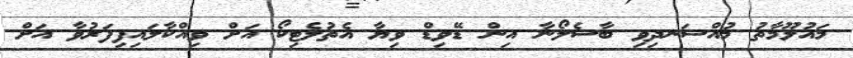
މައުލޫމާތު މުއްސަނދިވި ބާސެލޯނާ އިން ޑޭވިޑް ވިޔާ އެތުލެޓިކޯ އަށް ވިއްކާލައިފިފަރުވާ އަށް